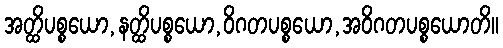
အတ္ထိပစ္စယော,နတ္ထိပစ္စယော,ဝိဂတပစ္စယော,အဝိဂတပစ္စယောတိ။